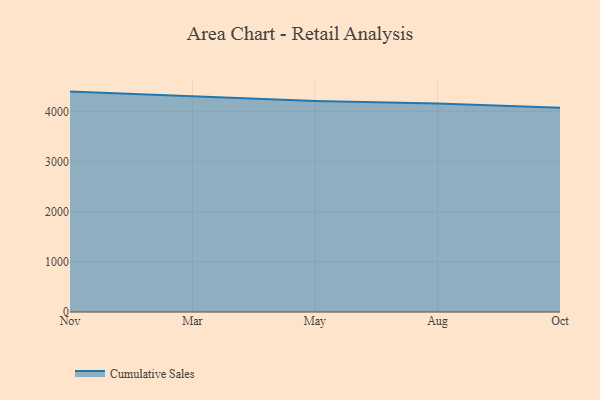
{"axis": {"x": "Month", "y": "Churn Rate (%)"}, "legend": ["Cumulative Sales"], "data": [{"x": "Nov", "y": 4393.2, "type": "Cumulative Sales"}, {"x": "Mar", "y": 4307.4, "type": "Cumulative Sales"}, {"x": "May", "y": 4208.2, "type": "Cumulative Sales"}, {"x": "Aug", "y": 4155.6, "type": "Cumulative Sales"}, {"x": "Oct", "y": 4070.7, "type": "Cumulative Sales"}]}